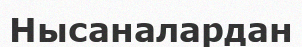
Нысаналардан